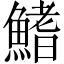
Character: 鰭